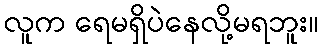
လူက ရေမရှိပဲနေလို့မရဘူး။